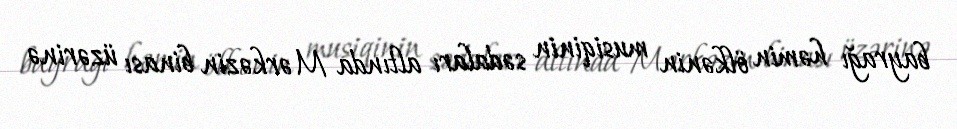
bayrağı həmin ölkənin musiqinin sədaları altında Mərkəzin binası üzərinə